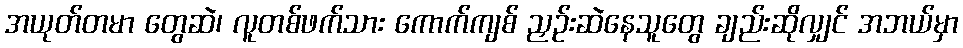
အယုတ်တမာ တွေဆဲ၊ လူတစ်ဖက်သား ကောက်ကျစ် ညှဉ်းဆဲနေသူတွေ ချည်းဆိုလျှင် အဘယ်မှာ